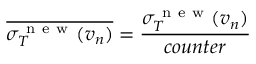
\overline { { \sigma _ { T } ^ { \mathrm { ~ n ~ e ~ w ~ } } ( v _ { n } ) } } = \frac { \sigma _ { T } ^ { \mathrm { ~ n ~ e ~ w ~ } } ( v _ { n } ) } { c o u n t e r }